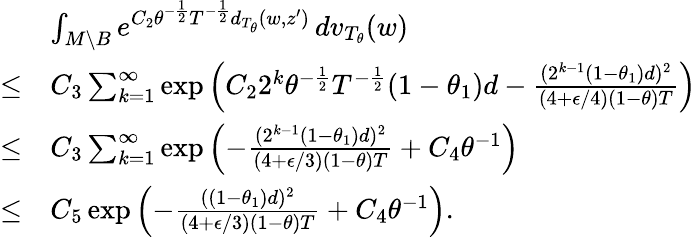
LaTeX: \begin{array}{rl}&{\int_{M\setminus B}e^{C_{2}\theta^{-\frac 12}T^{-\frac 12}d_{T_{\theta}}(w,z^{\prime})}\, dv_{T_{\theta}}(w)}\\ {\le}&{C_{3}\sum_{k=1}^{\infty}\exp\left(C_{2}2^{k}\theta^{-\frac 12}T^{-\frac 12}(1-\theta_{1})d-\frac{(2^{k-1}(1-\theta_{1})d)^{2}}{(4+\epsilon/4)(1-\theta)T}\right)}\\ {\le}&{C_{3}\sum_{k=1}^{\infty}\exp\left(-\frac{(2^{k-1}(1-\theta_{1})d)^{2}}{(4+\epsilon/3)(1-\theta)T}+C_{4}\theta^{-1}\right)}\\ {\le}&{C_{5}\exp\left(-\frac{((1-\theta_{1})d)^{2}}{(4+\epsilon/3)(1-\theta)T}+C_{4}\theta^{-1}\right).}\end{array}